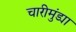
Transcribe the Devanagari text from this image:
चारीमुंड्या